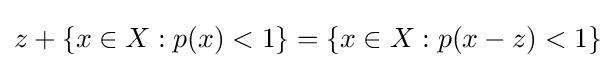
{\textstyle z+\{x\in X:p(x)<1\}=\{x\in X:p(x-z)<1\}}